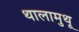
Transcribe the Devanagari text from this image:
थालामुथू